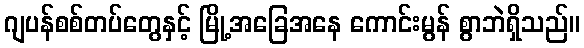
ဂျပန်စစ်တပ်တွေနှင့် မြို့အခြေအနေ ကောင်းမွန် စွာဘဲရှိသည်။